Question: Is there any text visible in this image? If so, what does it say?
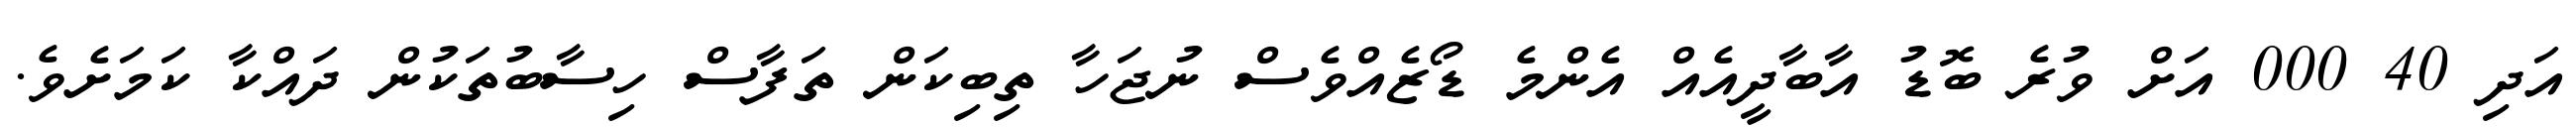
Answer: އަދި 40 000 އަށް ވުރެ ބޮޑު އާބާދީއެއް އެންމެ ޑޯޒެއްވެސް ނުޖަހާ ތިބިކަން ތަފާސް ހިސާބުތަކުން ދައްކާ ކަމަށެވެ.